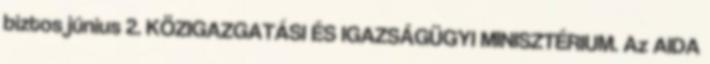
biztos június 2. KÖZIGAZGATÁSI ÉS IGAZSÁGÜGYI MINISZTÉRIUM. Az AIDA